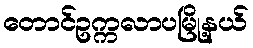
တောင်ဥက္ကလာပမြို့နယ်